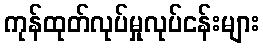
ကုန်ထုတ်လုပ်မှုလုပ်ငန်းများ